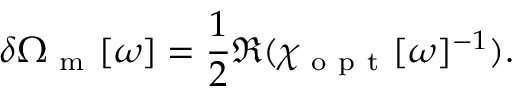
\delta \Omega _ { \mathrm { ~ m ~ } } [ \omega ] = \frac { 1 } { 2 } \Re { ( \chi _ { \mathrm { ~ o ~ p ~ t ~ } } [ \omega ] ^ { - 1 } ) } .